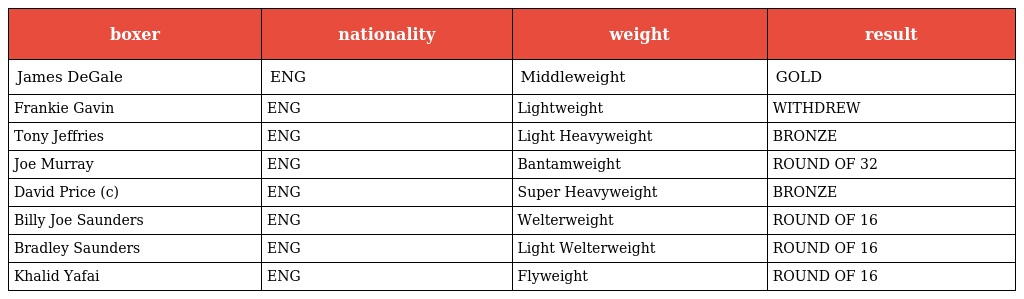
| boxer | nationality | weight | result |
 | --- | --- | --- | --- |
 | James DeGale | ENG | Middleweight | GOLD |
 | Frankie Gavin | ENG | Lightweight | WITHDREW |
 | Tony Jeffries | ENG | Light Heavyweight | BRONZE |
 | Joe Murray | ENG | Bantamweight | ROUND OF 32 |
 | David Price (c) | ENG | Super Heavyweight | BRONZE |
 | Billy Joe Saunders | ENG | Welterweight | ROUND OF 16 |
 | Bradley Saunders | ENG | Light Welterweight | ROUND OF 16 |
 | Khalid Yafai | ENG | Flyweight | ROUND OF 16 |